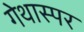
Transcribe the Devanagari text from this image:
गेथास्पर